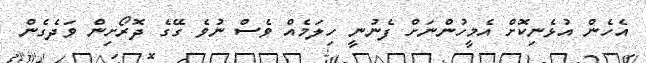
އެހެން އުޅެނިކޮށް އެމީހުންނަށް ފެނުނީ ހިލަމެއް ވެސް ނުވެ ގޭގެ ދޮރޯށިން ވަދެގެން